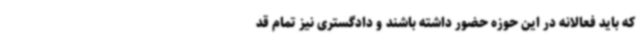
که باید فعالانه در این حوزه حضور داشته باشند و دادگستری نیز تمام قد